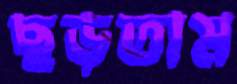
ছড়তাম